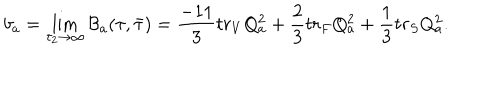
LaTeX: b _ { a } = \lim _ { \tau _ { 2 } \rightarrow \infty } { \cal B } _ { a } ( \tau , \bar { \tau } ) = \frac { - 1 1 } { 3 } t r _ { V } Q _ { a } ^ { 2 } + { \frac { 2 } { 3 } } t r _ { F } Q _ { a } ^ { 2 } + { \frac { 1 } { 3 } } t r _ { S } Q _ { a } ^ { 2 } .